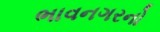
ભાવનગરનો